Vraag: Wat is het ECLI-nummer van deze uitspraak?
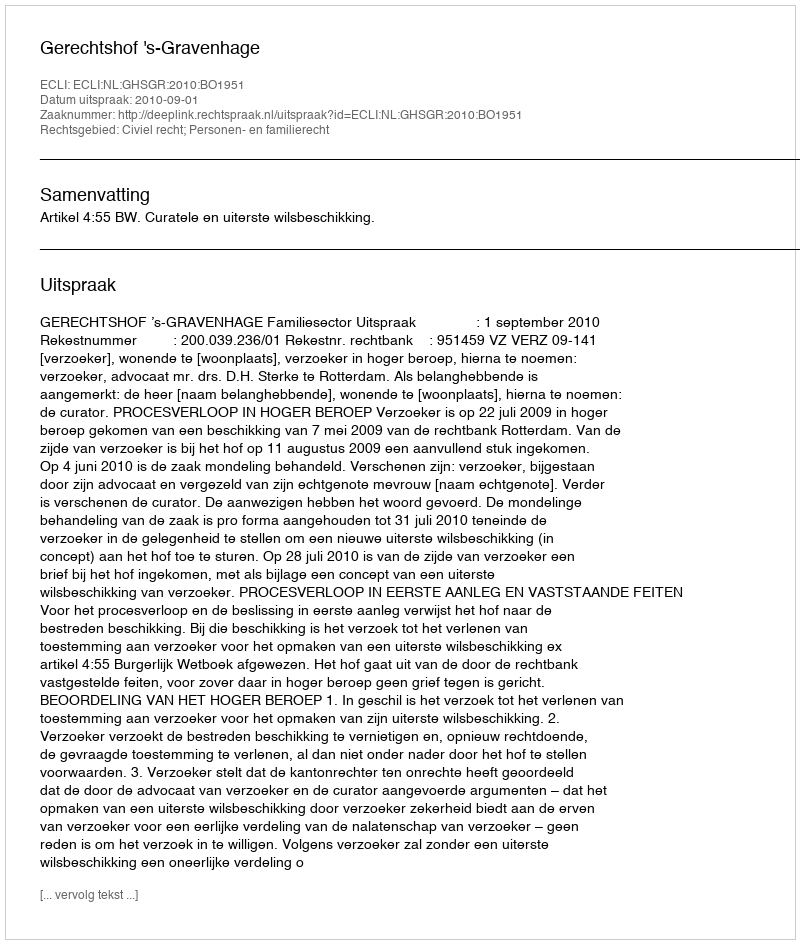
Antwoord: ECLI:NL:GHSGR:2010:BO1951